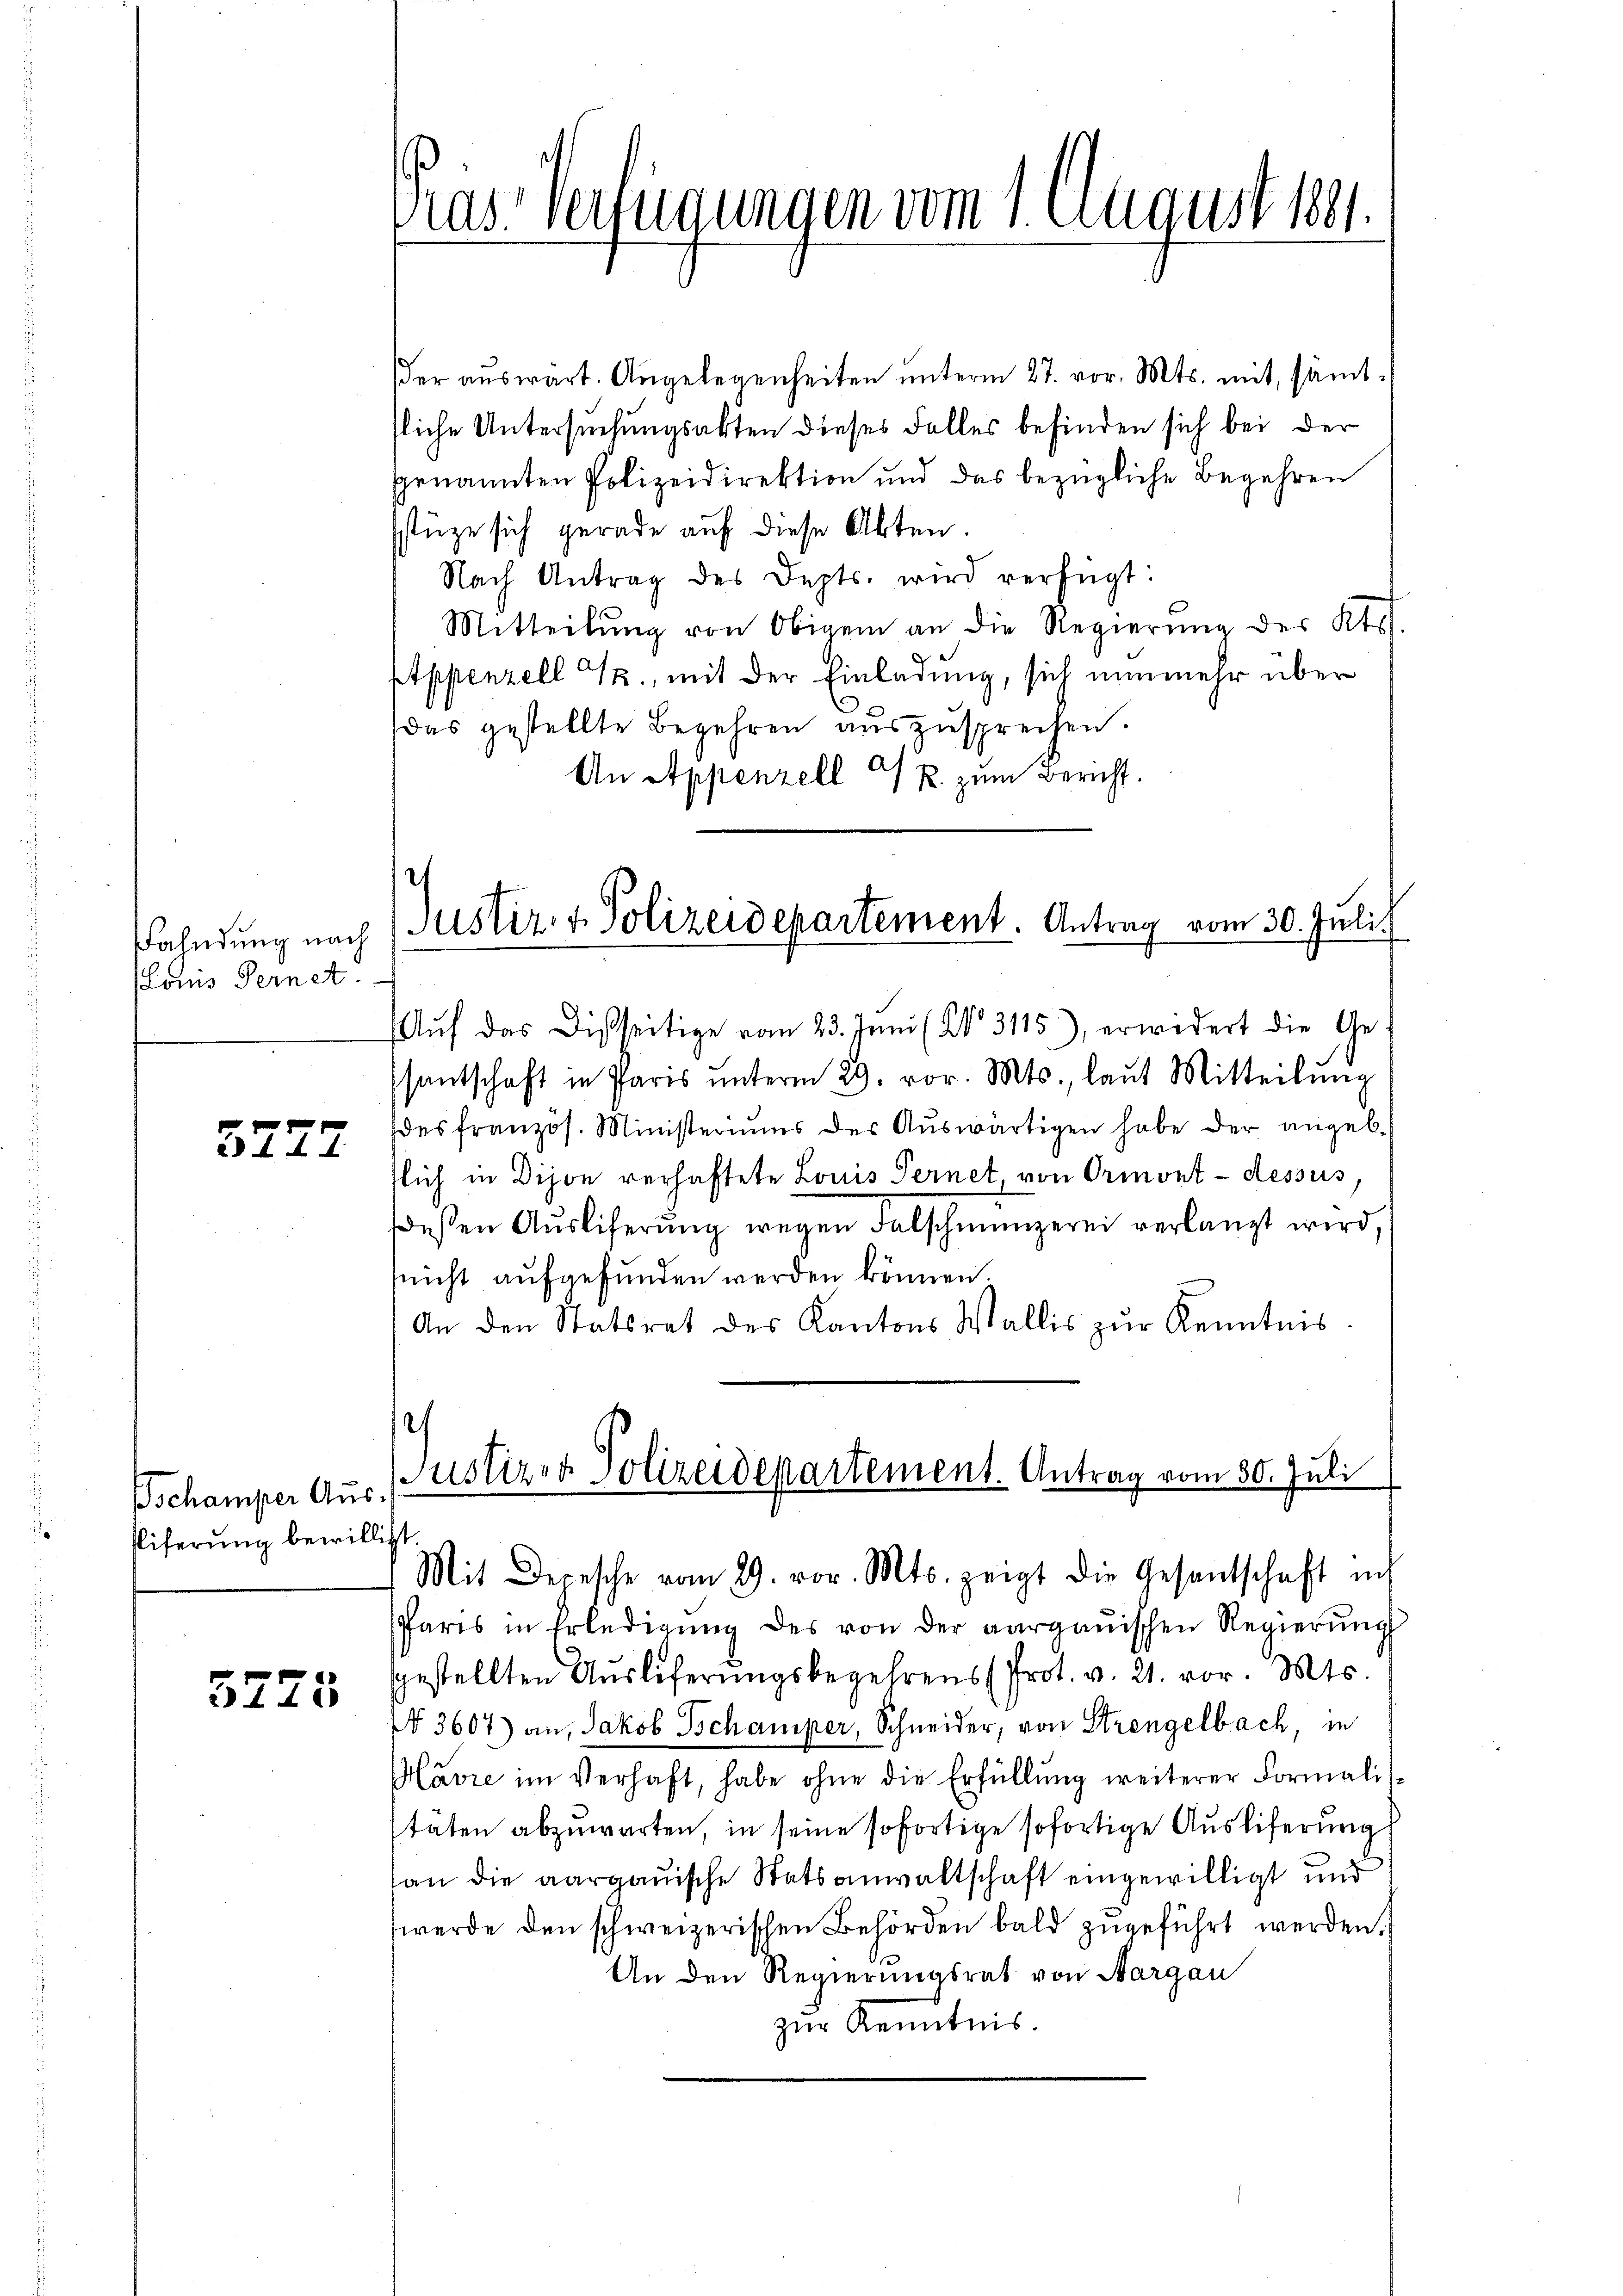
Fahndung nach
Louis Fernet.

5777

schamper Ausliferung bewilligt.

5773

das Verfügungen vom 1. August 1891.

der auswart. Angelegenheiten unterm 27. vor. Mts. mit, sämttliche Untersuchungsakten dieses Falles befinden sich bei der
genannten Polizeidirektion und das bezügliche Begehren
stüze sich gerade auf diese Akten.
Nach Antrag des Depts. wird verfügt:
Mitteilŭng von Obigen an die Regierŭng des Kts.
ptppenzell T., mit der Einladung, sich nunmehr über
(das gestellte Begehren aŭszŭsprechen.
An Appenzell R. zum Bericht.
Justiz- & Polizeidepartement. Antrag vom 30. Juli
Aŭf das Disseitige vom 23. Juni (No. 3115), erwidert die Ge
santschaft in Paris ŭnterm 29. vor. Mts., laŭt Mitteilŭng
des französ. Ministeriums der Aŭswärtigen habe der angeb.
flich in Dijon verhaftete Louis Fernet von Ormont-dessus,
deßen Aŭsliferŭng wegen Falschmünzerei verlangt wird,
nicht aufgefunden werden können.
An den Statsrat des Kantons Wallis zŭr Kenntnis

Justizen Polizeidepartement. Antrag vom 30. Juli
Mit Depesche vom 29. vor. Mts. zeigt die Gesandschaft ich

Paris in Erledigŭng des von der aargauischen Regierŭng
gestellten Auslieferungsbegehrens (Prot. v. 21. vor. Mts.
N 3607) an, Jakob Schamper, Schneider, von Strengelbach, in
Mavre im Verhaft, habe ohne die Erfüllŭng weiterer Formalis-
staten abzuwarten, in seine sofortige sofortige Ausliferung
san die aargauische Statsanwaltschaft eingewilligt und
werde den schweizerischen Behörden bald zugeführt werden.
An den Regierungsrat von Aargau
zur Kenntnis.